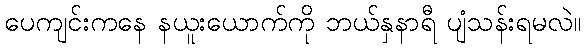
ပေကျင်းကနေ နယူးယောက်ကို ဘယ်နှနာရီ ပျံသန်းရမလဲ။